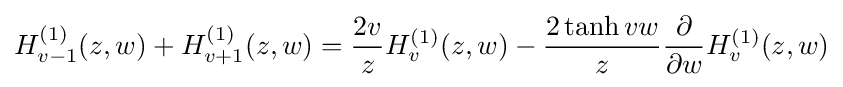
H_{v-1}^{(1)}(z,w)+H_{v+1}^{(1)}(z,w)={\dfrac {2v}{z}}H_{v}^{(1)}(z,w)-{\dfrac {2\tanh vw}{z}}{\dfrac {\partial }{\partial w}}H_{v}^{(1)}(z,w)